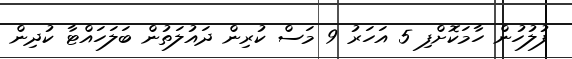
ފުލުހުން ހާމަކޮށްފި 5 އަހަރު 9 މަސް ކުރިން ދައުލަތުން ބަލަހައްޓާ ކުދިން